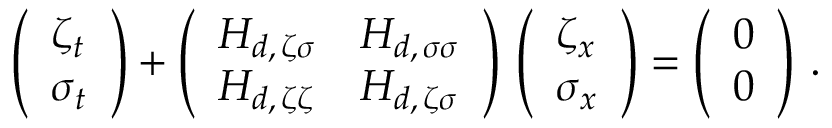
\left( \begin{array} { l } { \medskip \zeta _ { t } } \\ { \sigma _ { t } } \end{array} \right) + \left( \begin{array} { l l } { \medskip H _ { d , \, \zeta \sigma } } & { H _ { d , \, \sigma \sigma } } \\ { H _ { d , \, \zeta \zeta } } & { H _ { d , \, \zeta \sigma } } \end{array} \right) \, \left( \begin{array} { l } { \medskip \zeta _ { x } } \\ { \sigma _ { x } } \end{array} \right) = \left( \begin{array} { l } { \medskip 0 } \\ { 0 } \end{array} \right) \, .